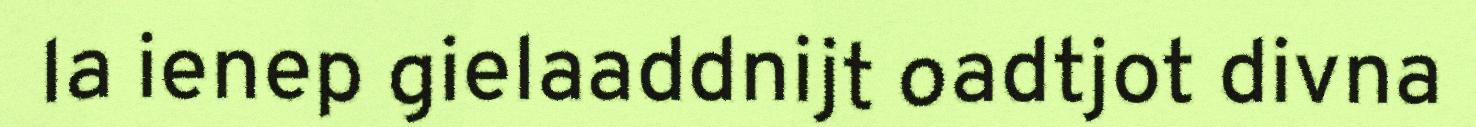
la ienep gielaaddnijt oadtjot divna